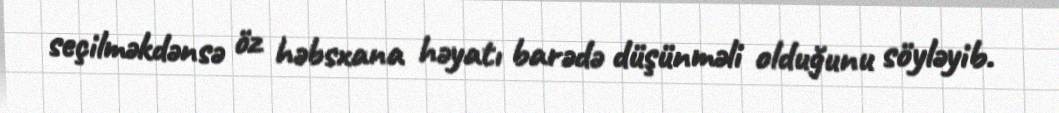
seçilməkdənsə öz həbsxana həyatı barədə düşünməli olduğunu söyləyib.